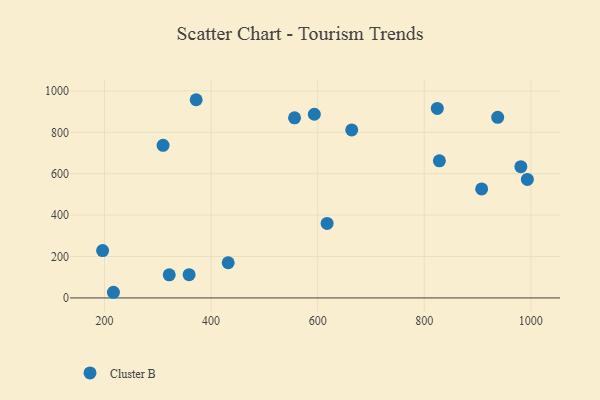
{"axis": {"x": "Ad Spend", "y": "Yield"}, "legend": ["Cluster B"], "data": [{"x": "216.8", "y": 27.3, "type": "Cluster B"}, {"x": "617.7", "y": 360.1, "type": "Cluster B"}, {"x": "593.7", "y": 887.3, "type": "Cluster B"}, {"x": "556.6", "y": 870.1, "type": "Cluster B"}, {"x": "432.1", "y": 169.8, "type": "Cluster B"}, {"x": "196.5", "y": 228.9, "type": "Cluster B"}, {"x": "663.9", "y": 811.4, "type": "Cluster B"}, {"x": "828.4", "y": 662.2, "type": "Cluster B"}, {"x": "372.0", "y": 957.4, "type": "Cluster B"}, {"x": "824.5", "y": 915.3, "type": "Cluster B"}, {"x": "321.5", "y": 111.5, "type": "Cluster B"}, {"x": "358.8", "y": 112.1, "type": "Cluster B"}, {"x": "907.7", "y": 526.3, "type": "Cluster B"}, {"x": "309.9", "y": 736.9, "type": "Cluster B"}, {"x": "993.5", "y": 572.3, "type": "Cluster B"}, {"x": "981.3", "y": 634.1, "type": "Cluster B"}, {"x": "937.8", "y": 872.5, "type": "Cluster B"}]}